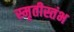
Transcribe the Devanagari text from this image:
स्मृतीस्तंभ